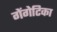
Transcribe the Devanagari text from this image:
गेंगेटिका